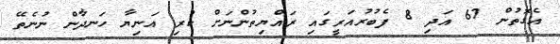
އެގޮތުން 67 އަދި 8 ފެބުރުއަރީގައި ރައްޔިތުންނަށް ކުރި އަނިޔާ ހަނދާން ނުނެތޭ